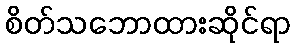
စိတ်သဘောထားဆိုင်ရာ